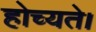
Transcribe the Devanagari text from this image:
होच्यते।